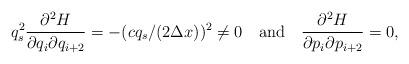
LaTeX: \begin{align*}q_s^2{\partial^2 H\over\partial q_i\partial q_{i + 2}} =-(cq_s/(2\Delta x))^2 \neq 0\quad\hbox{and}\quad{\partial^2 H\over\partial p_i\partial p_{i + 2}} = 0,\end{align*}